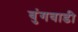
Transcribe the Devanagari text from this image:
बुंगवाडी